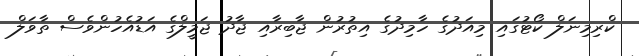
ކްރިމިނަލް ކޯޓުގައި މިއަދުގެ ހާމިދުގެ އިތުރުން ޖާބިރާއި ޖާދު ޖަމީލްގެ އަޑުއެހުންވެސް ތާވަލް